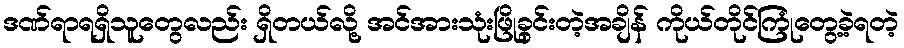
ဒဏ်ရာရရှိသူတွေလည်း ရှိတယ်လို့ အင်အားသုံးဖြိုခွင်းတဲ့အချိန် ကိုယ်တိုင်ကြုံတွေ့ခဲ့ရတဲ့